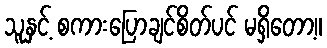
သူနှင့် စကားပြောချင်စိတ်ပင် မရှိတော့။